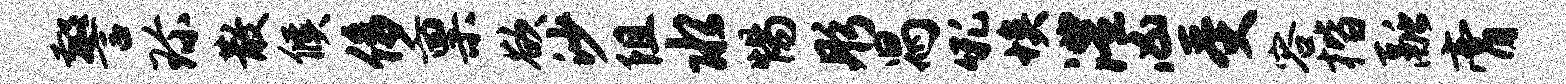
警珍散候侈禀欲沙阻水惕彤舄吼埃澧凶受容楷融膏